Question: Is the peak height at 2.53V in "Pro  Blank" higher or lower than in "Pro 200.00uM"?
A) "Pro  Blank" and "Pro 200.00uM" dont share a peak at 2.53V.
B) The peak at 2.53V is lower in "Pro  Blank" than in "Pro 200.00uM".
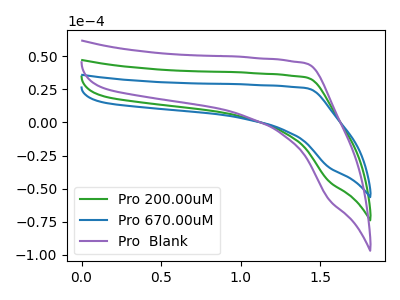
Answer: <think>The green curve "Pro 200.00uM" has no peaks. The blue curve "Pro 670.00uM" has no peaks. The purple curve "Pro  Blank" has no peaks.</think>
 <answer>A) "Pro  Blank" and "Pro 200.00uM" dont share a peak at 2.53V.</answer>
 <eval>A</eval>